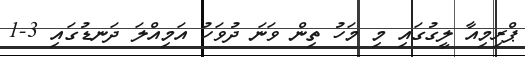
ޕްރިމިއާ ލީގުގައި މި މަހު ތިން ވަނަ ދުވަހު އަމިއްލަ ދަނޑުގައި 3-1